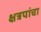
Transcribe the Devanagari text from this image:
क्षत्रपांचा